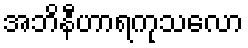
အဘိနီဟာရကုသလော